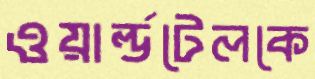
ওয়ার্ল্ডটেলকে